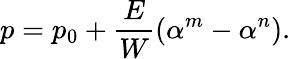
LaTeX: p=p_{0}+\frac{E}{W}\left(\alpha^{m}-\alpha^{n}\right).